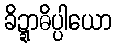
ခိဍ္ဍာဓိပ္ပါယော